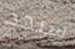
سنجد